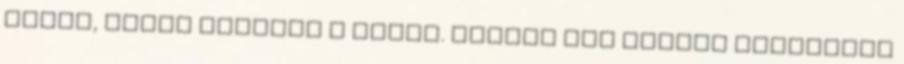
bőrén, akkor megette a franc. Persze nem példát statuálni